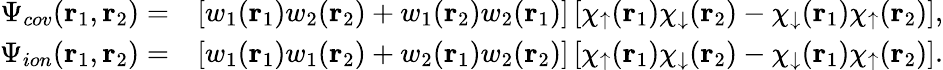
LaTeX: \begin{array}{rl}{\Psi_{cov}(\textbf{r}_{1},\textbf{r}_{2})=}&{\left[w_{1}(\textbf{r}_{1})w_{2}(\textbf{r}_{2})+w_{1}(\textbf{r}_{2})w_{2}(\textbf{r}_{1})\right]\left[\chi_{\uparrow}(\textbf{r}_{1})\chi_{\downarrow}(\textbf{r}_{2})-\chi_{\downarrow}(\textbf{r}_{1})\chi_{\uparrow}(\textbf{r}_{2})\right],}\\ {\Psi_{ion}(\textbf{r}_{1},\textbf{r}_{2})=}&{\left[w_{1}(\textbf{r}_{1})w_{1}(\textbf{r}_{2})+w_{2}(\textbf{r}_{1})w_{2}(\textbf{r}_{2})\right]\left[\chi_{\uparrow}(\textbf{r}_{1})\chi_{\downarrow}(\textbf{r}_{2})-\chi_{\downarrow}(\textbf{r}_{1})\chi_{\uparrow}(\textbf{r}_{2})\right].}\end{array}